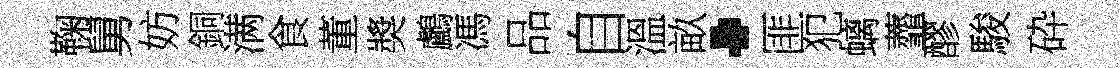
鞠舅妨銅满食董奬鸕馮品自溫畝·匪犯螭虀醪駿砕